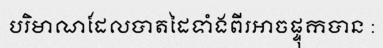
បរិមាណដែលបាតដៃទាំងពីរអាចផ្ទុកបាន :